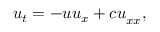
u _ { t } = { - u u _ { x } + c u } _ { x x } ,